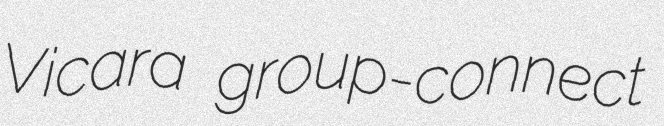
Vicara group-connect